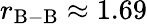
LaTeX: r_{\mathrm{B-B}}\approx 1.69